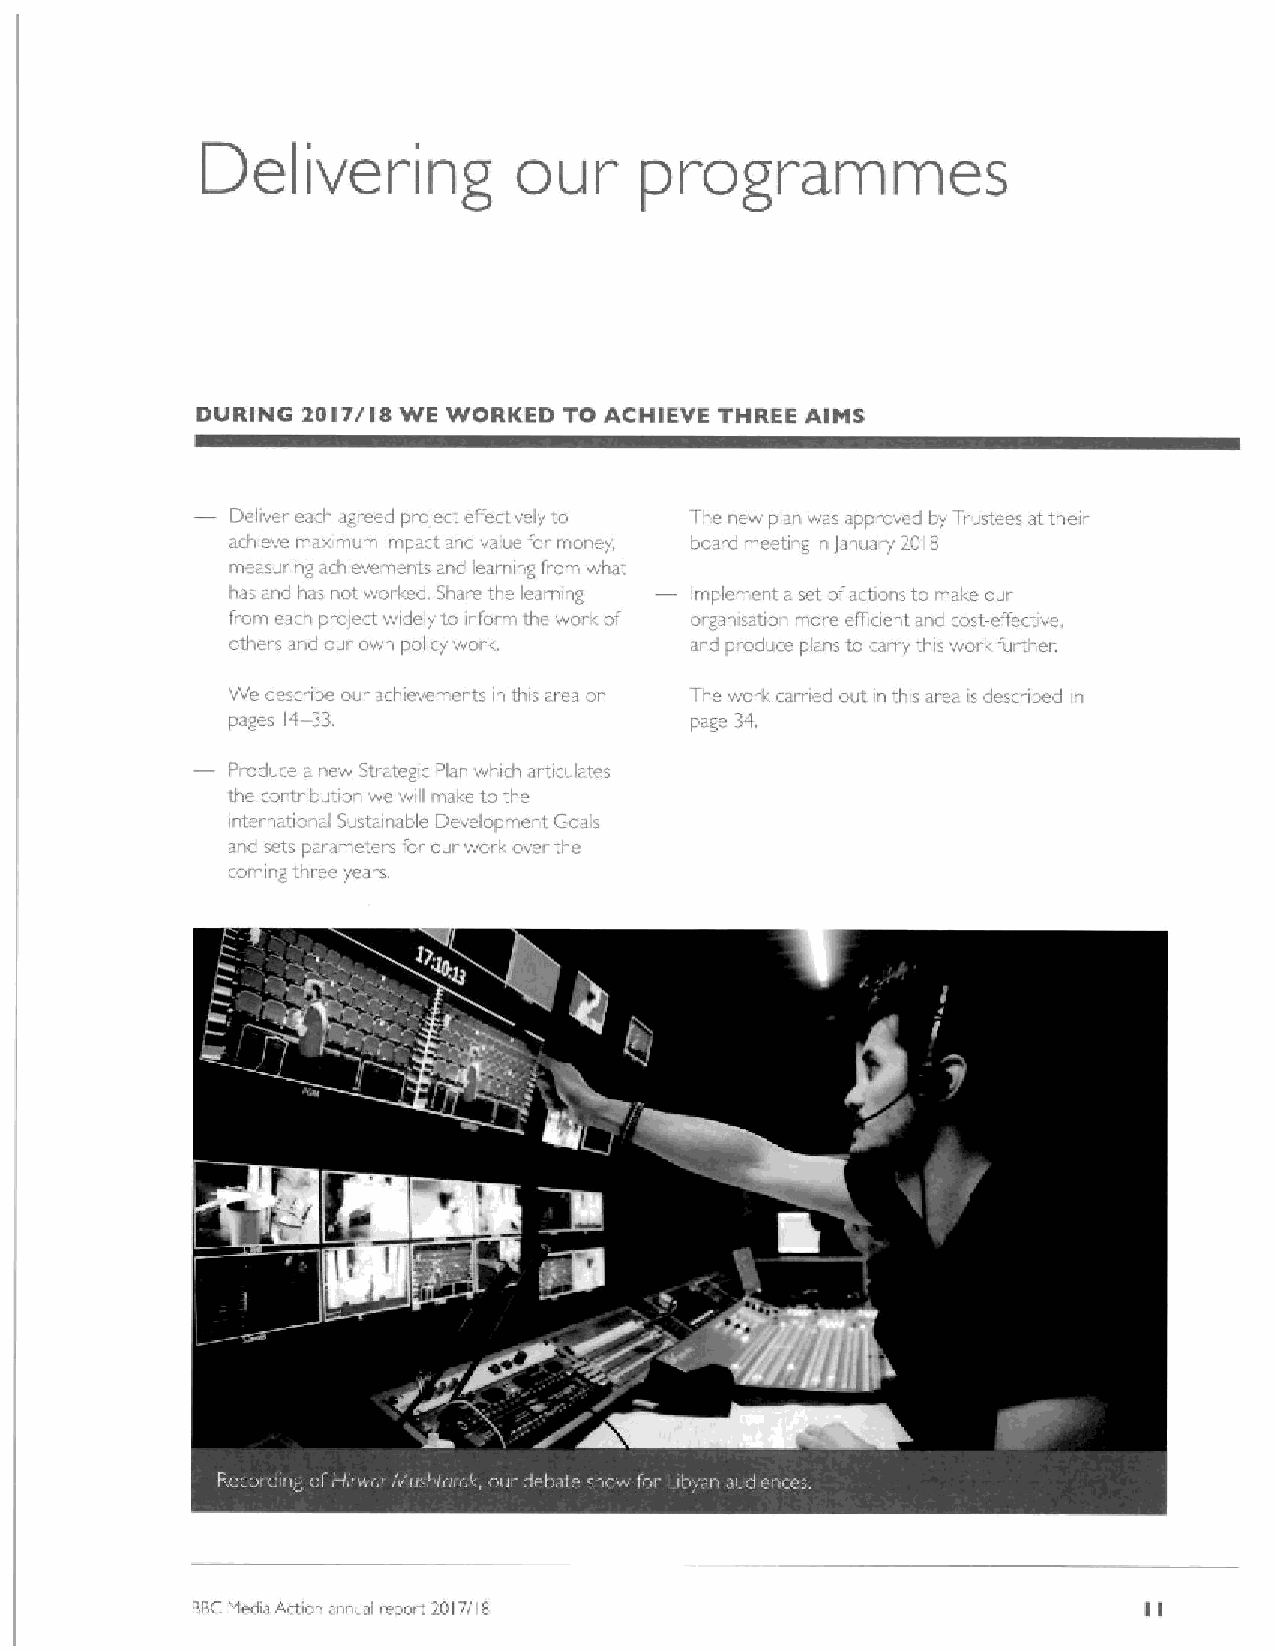
our
 Delivering                   programmes
 DURING 20IT/IS VIE WORKED TO ACHIEVE THREE AINS
 Deliver each agreed proieci. elfectwely to The new plan was appioved by Tiustees at their
 achieve maximum impact and value for money board meeting in fanuary 2018
 measuring achievements and learning from what
 has and has not worked. Share the learning Implement aset ofactions to make our
 from each proiect widely to inform the worlc of organ;sation more eff'icient and cost-effective,
 othei s and oui own policy work. and produce plans to carry this worl& fui ther.
 We describe our achievements in this area on The work cerned out in this area is desciibed in
 pages 14-33.                   page 3 1.
 Produce a new Sti ategic Plan which articulates
 the contr ibution we will make to the
 inter nationa! Sustainable Development Goals
 and sets parameters for our woric over the
 coming three years.
 I
 If
 BBCMedia Action annual report 2017/18